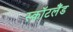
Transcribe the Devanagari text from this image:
स्क़ॉटलैंड